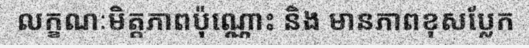
លក្ខណៈមិត្តភាពប៉ុណ្ណោះ និង មានភាពខុសប្លែក